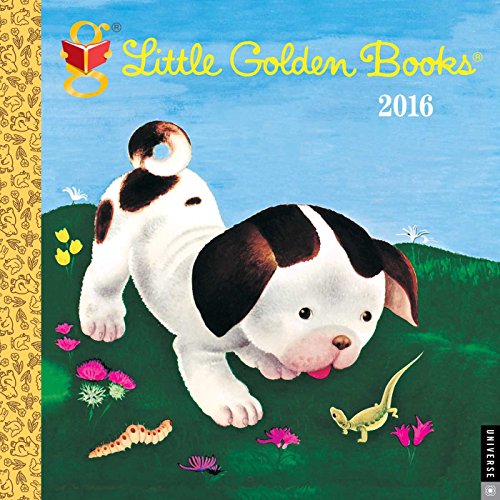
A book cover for Little Golden Books 2016 Wall Calendar; Dreamworks; Calendars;